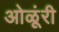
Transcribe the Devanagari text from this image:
ओळूंरी